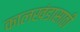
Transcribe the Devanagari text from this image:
कालखंडासाठी